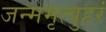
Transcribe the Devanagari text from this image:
जन्ममृत्युहरं